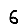
Digit: 6